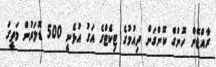
ރާއްޖޭން ހޮންގް ކޮންގަށް ދިއުމުގެ ޓިކެޓްގެ އަގު އުޅެނީ 500 ޑޮލަރުން މަތީގަ